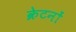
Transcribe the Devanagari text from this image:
क्रेटनों